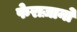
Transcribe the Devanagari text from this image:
फेराज़ानो